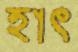
হাৎ